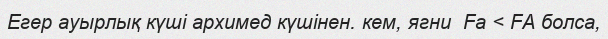
Егер ауырлық күші архимед күшінен. кем, ягни  Fа < FА болса,